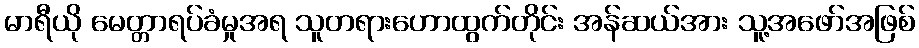
မာရီယို မေတ္တာရပ်ခံမှုအရ သူတရားဟောထွက်တိုင်း အန်ဆယ်အား သူ့အဖော်အဖြစ်